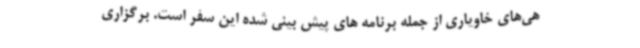
هی‌های خاویاری از جمله برنامه های پیش بینی شده این سفر است. برگزاری